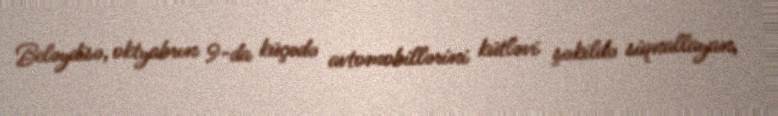
Beləydisə, oktyabrın 9-da küçədə avtomobillərini kütləvi şəkildə siqnallayan,